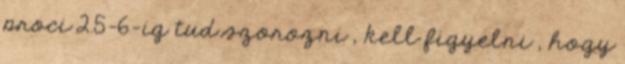
proci 2.5-6-ig tud szorozni , kell figyelni , hogy